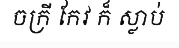
ចក្រី កែវ ក៏ ស្លាប់